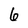
Character: 6